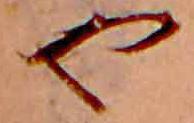
や